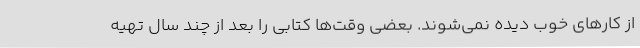
از کارهای خوب دیده نمی‌شوند. بعضی وقت‌ها کتابی را بعد از چند سال تهیه